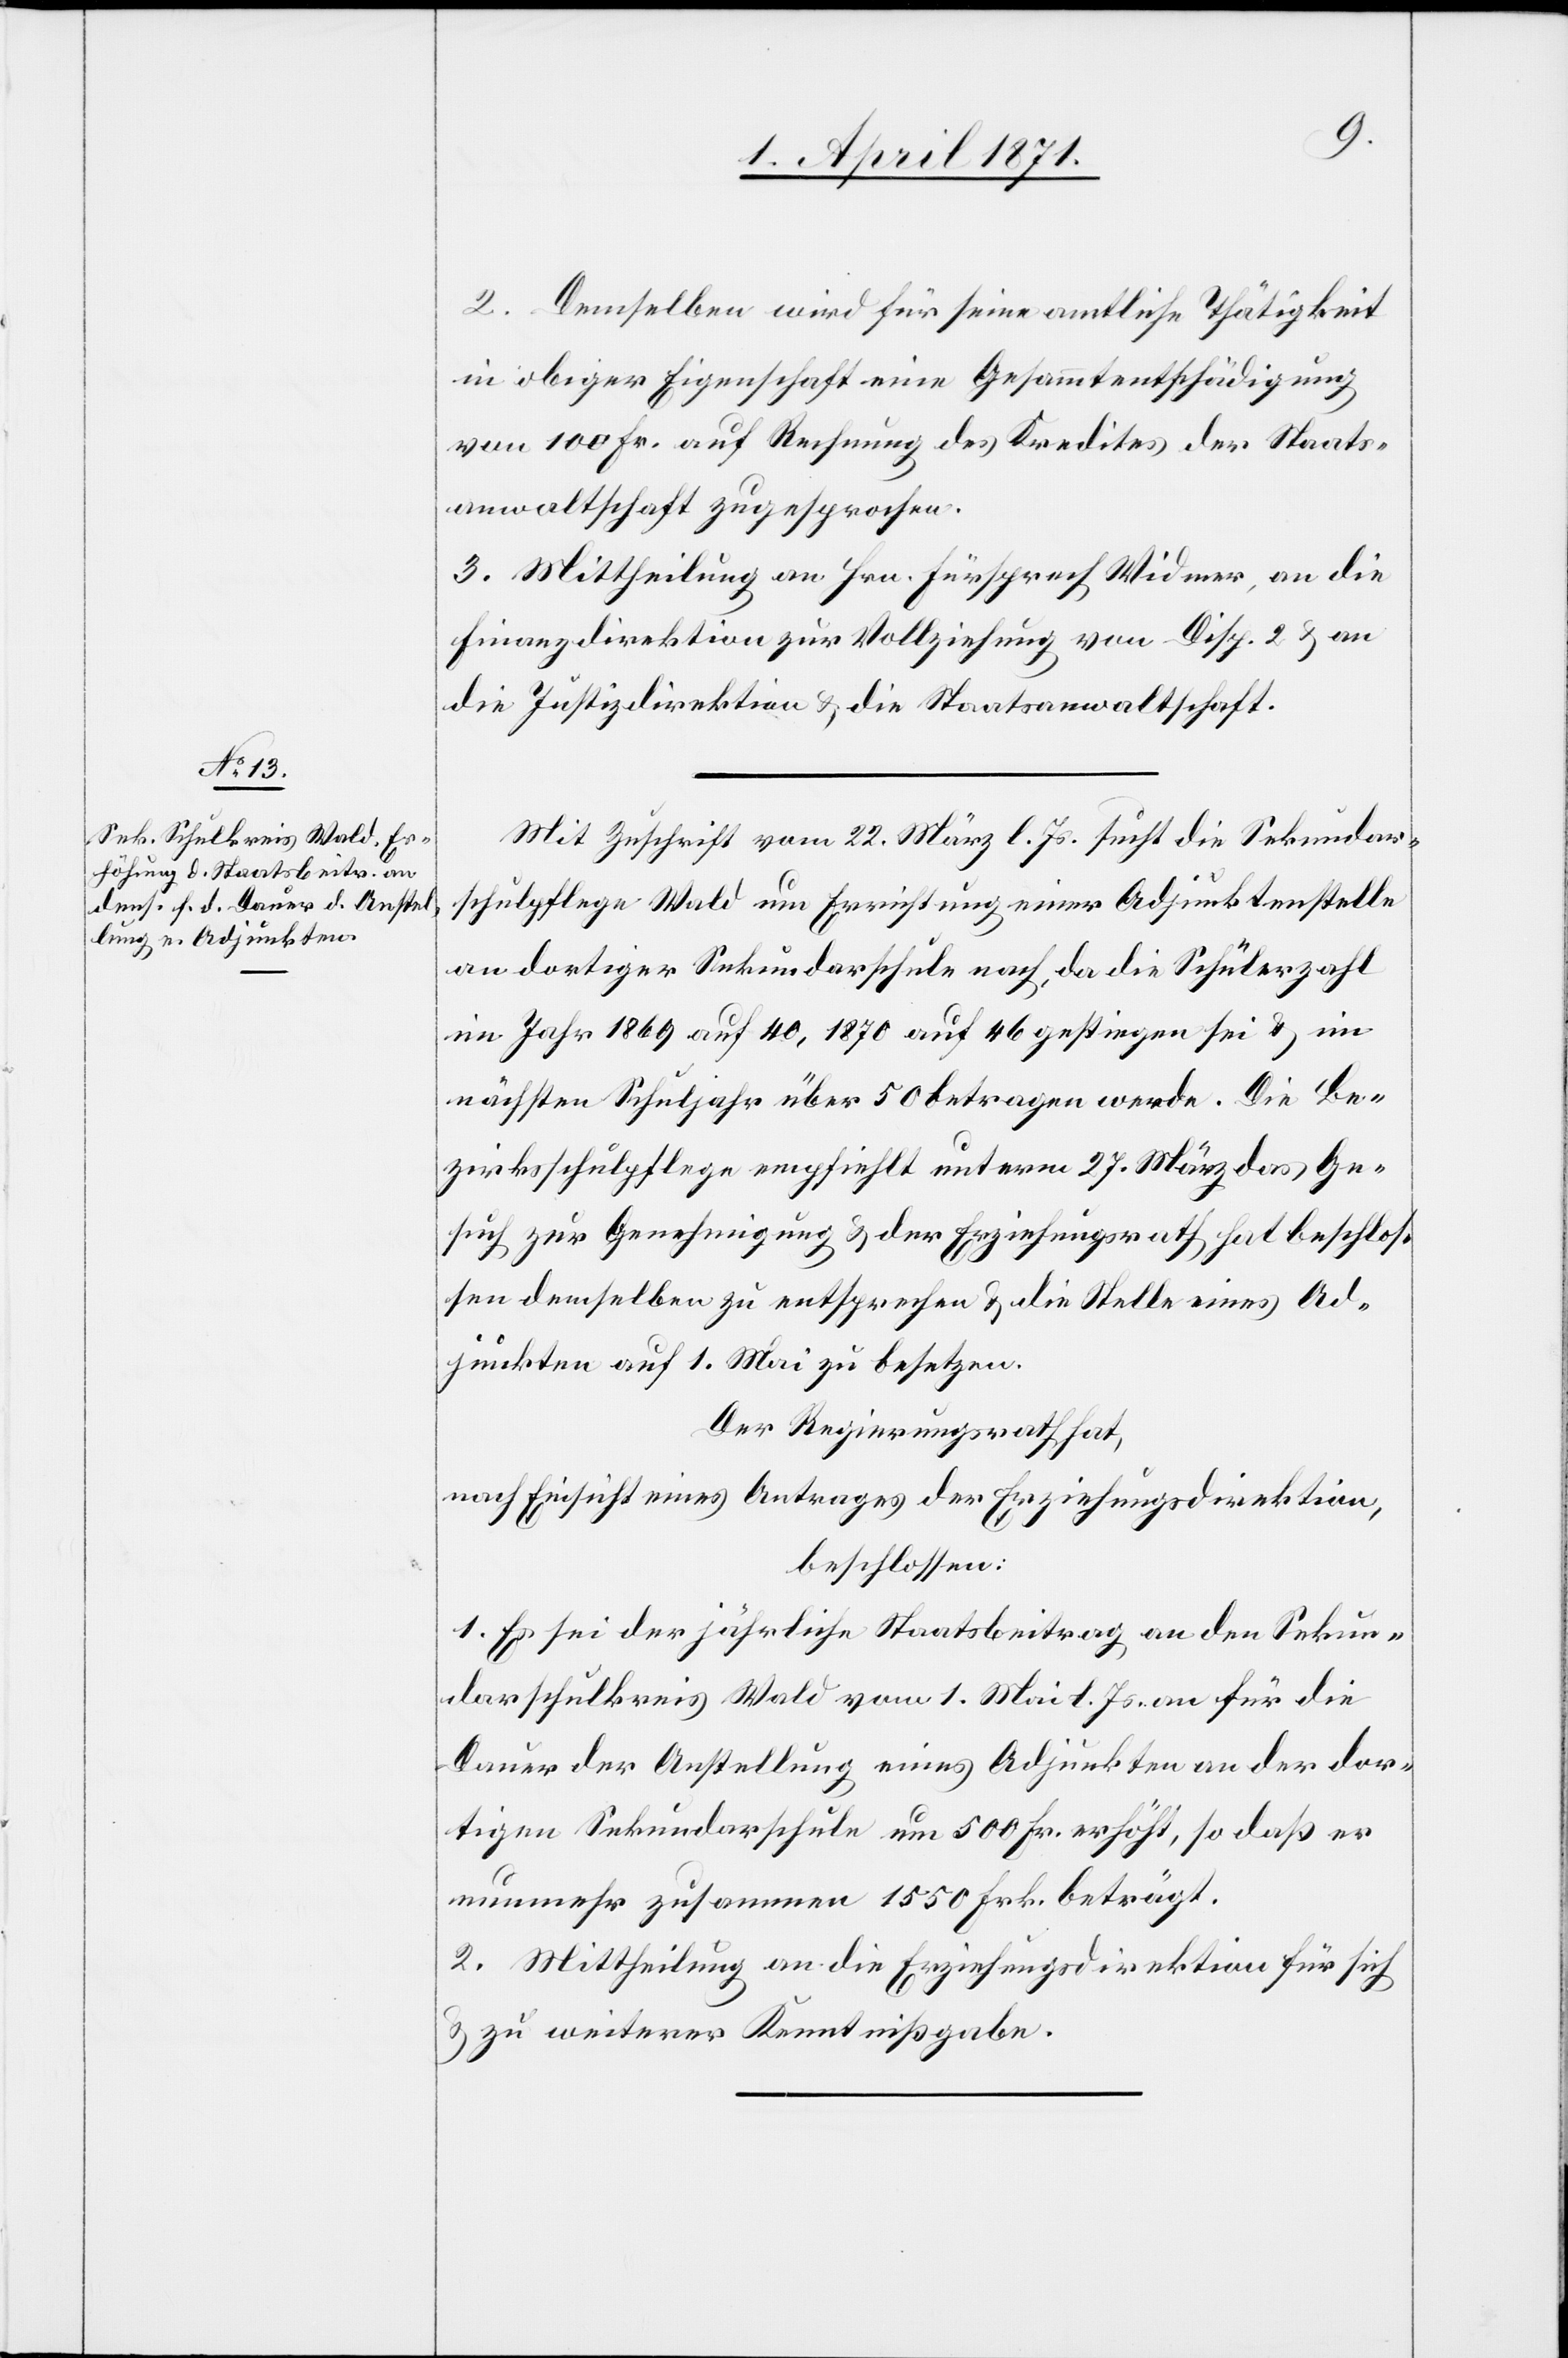
2. Demselben wird für seine amtliche Thätigkeit
in obiger Eigenschaft eine Gesammtentschädigung
von 100 Fr. auf Rechnung des Kredites der Staats¬
anwaltschaft zugesprochen.
3. Mittheilung an Hrn. Fürsprech Widmer, an die
Finanzdirektion zur Vollziehung von Disp. 2 u. an
die Justizdirektion u. die Staatsanwaltschaft.
Mit Zuschrift vom 22. März l. Js. sucht die Sekundar¬
schulpflege Wald um Errichtung einer Adjunktenstelle
an dortiger Sekundarschule nach, da die Schülerzahl
im Jahr 1869 auf 40, 1870 auf 46 gestiegen sei u. im
nächsten Schuljahr über 50 betragen werde. Die Be¬
zirksschulpflege empfiehlt unterm 27. März das Ge¬
such zur Genehmigung u. der Erziehungsrath hat beschlos¬
sen demselben zu entsprechen u. die Stelle eines Ad¬
junkten auf 1. Mai zu besetzen.
Der Regierungsrath hat,
nach Einsicht eines Antrages der Erziehungsdirektion,
beschlossen:
1. Es sei der jährliche Staatsbeitrag an den Sekun¬
darschulkreis Wald vom 1. Mai l. Js. an für die
Dauer der Anstellung eines Adjunkten an der dor¬
tigen Sekundarschule um 500 Fr. erhöht, so daß er
nunmehr zusammen 1550 Frk. beträgt.
2. Mittheilung an die Erziehungsdirektion für sich
u. zu weiterer Kenntnißgabe.